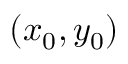
( x _ { 0 } , y _ { 0 } )